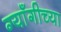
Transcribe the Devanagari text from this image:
ग्याँगीच्या